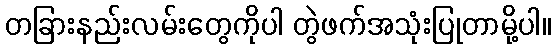
တခြားနည်းလမ်းတွေကိုပါ တွဲဖက်အသုံးပြုတာမို့ပါ။